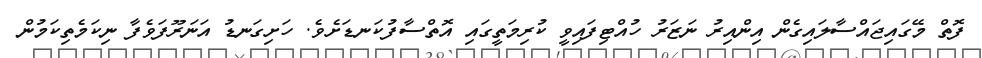
ފޮތް މޭގައިޖައްސާލައިގެން އިންއިރު ނަޒަރު ހުއްޓިފައިވީ ކުރިމަތީގައި އޮތްސާފުކަނޑަށެވެ. ހަށިގަނޑު އަނަރޫފަވެފާ ނިކަމެތިކަމުން